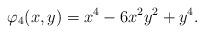
LaTeX: \begin{align*}\varphi_4(x,y)=x^4-6x^2y^2+y^4.\end{align*}